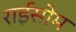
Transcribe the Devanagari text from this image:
राईसोम